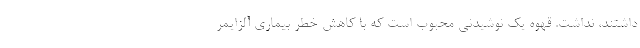
داشتند، نداشت. قهوه یک نوشیدنی محبوب است که با کاهش خطر بیماری آلزایمر